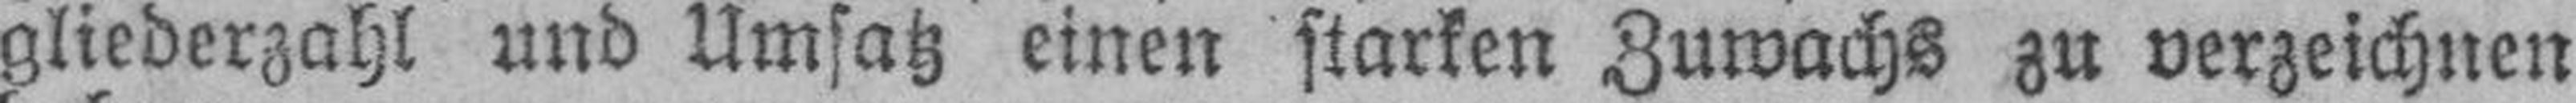
gliederzahl und Umsatz einen starken Zuwachs zu verzeichnen